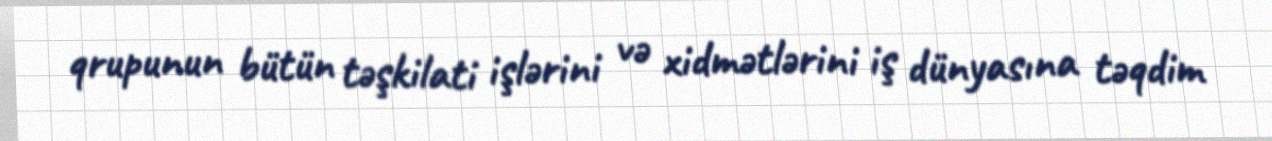
qrupunun bütün təşkilati işlərini və xidmətlərini iş dünyasına təqdim